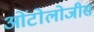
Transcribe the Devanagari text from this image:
ओंटोलोजीस